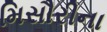
મિસૌરીના